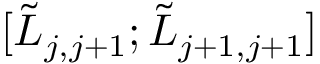
[ \Tilde { L } _ { j , j + 1 } ; \Tilde { L } _ { j + 1 , j + 1 } ]